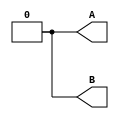
module top_module ( output reg A, output reg B );//

    //Absolute time
    initial #0  A = 0;
	initial #10 A = 1;
    initial #20 A = 0; 

    initial #0  B = 0;
	initial #15 B = 1;
    initial #40 B = 0;

    //Relative time
    /*
    initial begin
    A = 0;
	#10 A = 1;
    #10 A = 0;
    end
    
    initial begin
    B = 0;
	#15 B = 1;
    #25 B = 0;
    end
	*/
endmodule